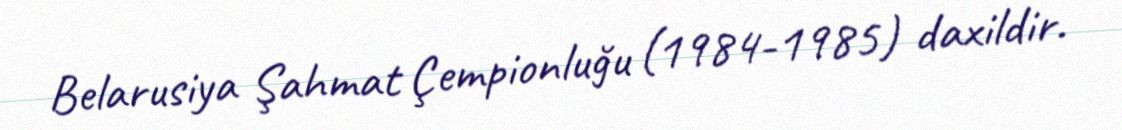
Belarusiya Şahmat Çempionluğu (1984-1985) daxildir.